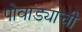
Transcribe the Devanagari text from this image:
पोवाड्याची